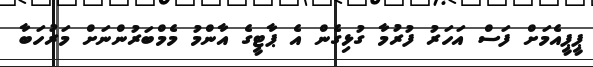
ޕީޕީއެމަށް ފަސް އަހަރު ފުރުމާ ގުޅިގެން އެ ޕާޓީގެ އާންމު މެމްބަރުންނަށް މަރުހަބާ